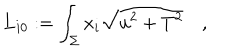
LaTeX: { \bf L } _ { i 0 } : = \int _ { \Sigma } x _ { i } \sqrt { u ^ { 2 } + T ^ { 2 } } \quad ,